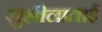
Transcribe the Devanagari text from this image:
सुशीलाताई